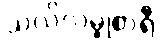
သလိလမ္ဗုစာရီ